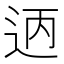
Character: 𫐣